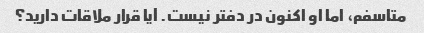
متاسفم، اما او اکنون در دفتر نیست. آیا قرار ملاقات دارید؟